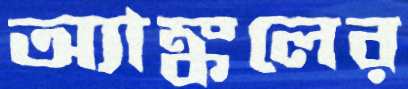
অ্যাঙ্কলের